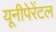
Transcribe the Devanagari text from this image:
यूनीपेरेंटल